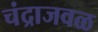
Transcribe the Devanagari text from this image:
चंद्राजवळ